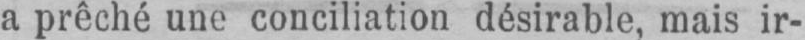
a prêché une conciliation désirable, mais ir-